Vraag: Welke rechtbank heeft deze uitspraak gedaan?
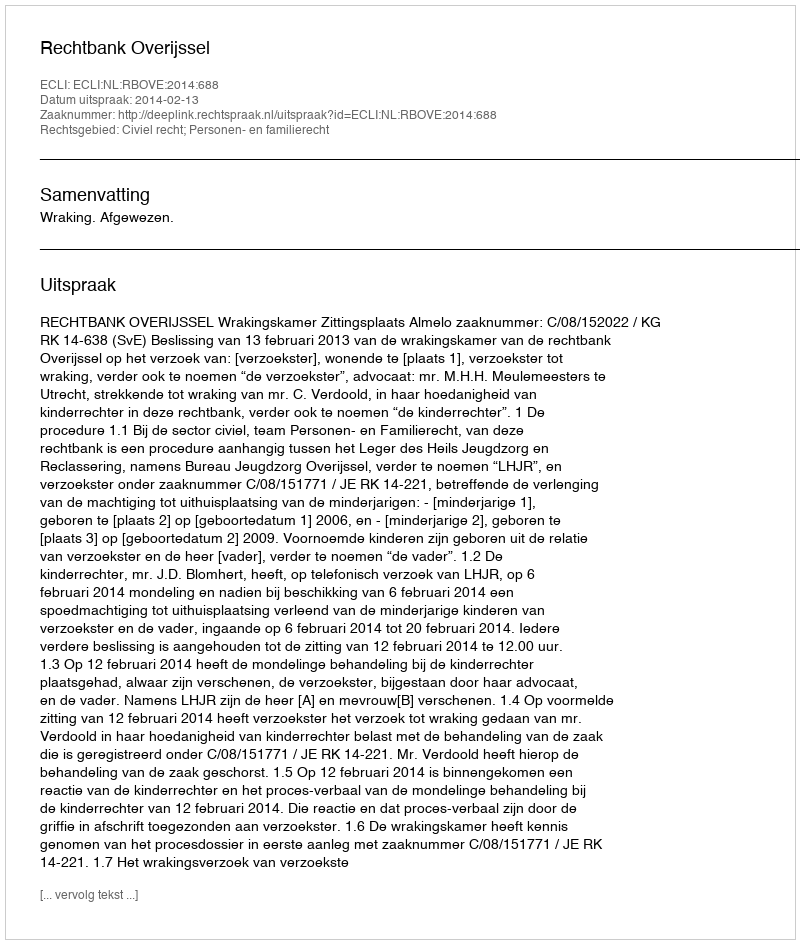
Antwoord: Rechtbank Overijssel